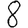
Digit: 8